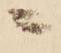
ニ